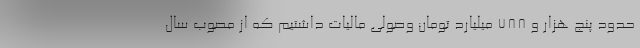
حدود پنج هزار و ۷۸۸ میلیارد تومان وصولی مالیات داشتیم که از مصوب سال